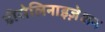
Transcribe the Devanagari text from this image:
डीसेलिनाइज़ेशन